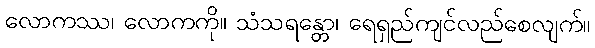
လောကဿ၊ လောကကို။ သံသရန္တော၊ ရေရှည်ကျင်လည်စေလျက်။